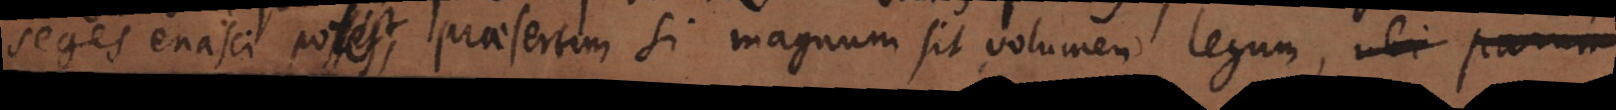
seges enasci potest, praesertim si magnum sit volumen legum, ubi parum